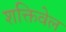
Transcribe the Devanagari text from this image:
शक्तिवेल